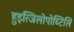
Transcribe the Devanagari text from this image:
हुइत्जिलोपोच्टिलि